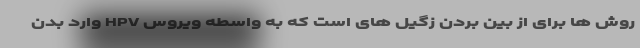
روش ها برای از بین بردن زگیل های است که به واسطه ویروس HPV وارد بدن